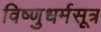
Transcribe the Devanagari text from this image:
विष्णुधर्मसूत्र